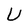
Character: U